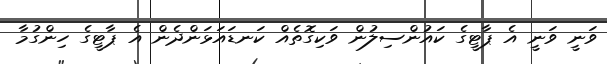
ވަނީ ވަނީ އެ ޕާޓީގެ ކައުންސިލުން ވަކިގޮތެއް ކަނޑައަޅަންދެން އެ ޕާޓީގެ ހިންގުމާ